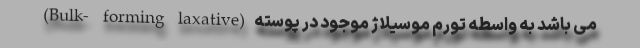
(Bulk- forming laxative) می باشد به واسطه تورم موسيلاژ موجود در پوسته